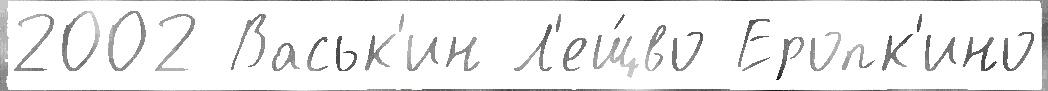
2002 Васьк'ин Л'ещ́во Еропк'ино